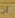
ان